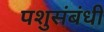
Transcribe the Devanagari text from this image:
पशुसंबंधी